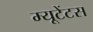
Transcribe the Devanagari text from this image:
म्यूटेंटस